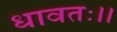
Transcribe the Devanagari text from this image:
धावतः।।